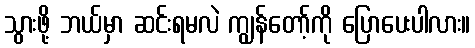
သွားဖို့ ဘယ်မှာ ဆင်းရမလဲ ကျွန်တော့်ကို ပြောပေးပါလား။